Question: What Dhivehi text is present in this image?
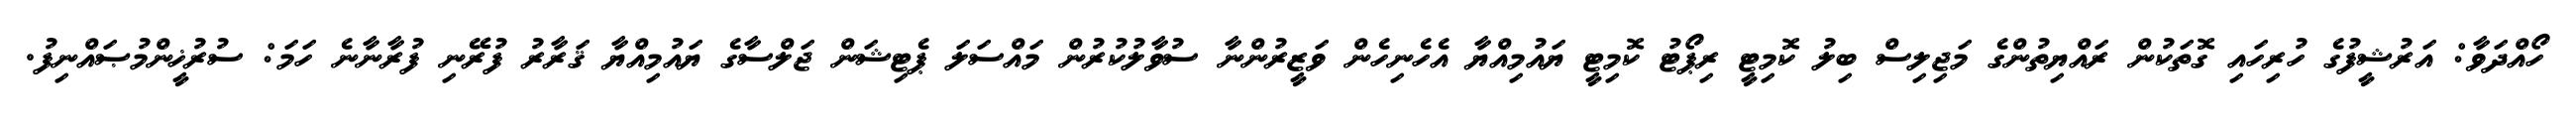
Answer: ހޯއްދަވާ: އަރުޝީފުގެ ހުރިހައި ގޮތަކުން ރައްޔިތުންގެ މަޖިލިސް ބިލު ކޮމިޓީ ރިޕޯޓު ކޮމިޓީ ޔައުމިއްޔާ އެހެނިހެން ވަޒީރުންނާ ސުވާލުކުރުން މައްސަލަ ޕެޓިޝަން ޖަލްސާގެ ޔައުމިއްޔާ ޤަރާރު ފުރޭނި ފުރާނާނެ ހަމަ: ސުރުޚީންމުޞައްނިފު.